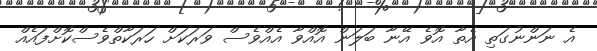
އެ ނަންނުގަތި އެތާ އޮވެ އޭނާ ބަލަން އޮއްވާ އެއްވެސް ވަރަކަަށް ހަރަކާތްވެސްކޮށްފައެއް